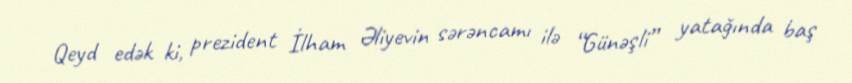
Qeyd edək ki, prezident İlham Əliyevin sərəncamı ilə “Günəşli” yatağında baş